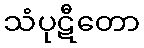
သံပုဋီတော